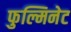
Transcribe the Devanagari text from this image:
फुल्मिनेट